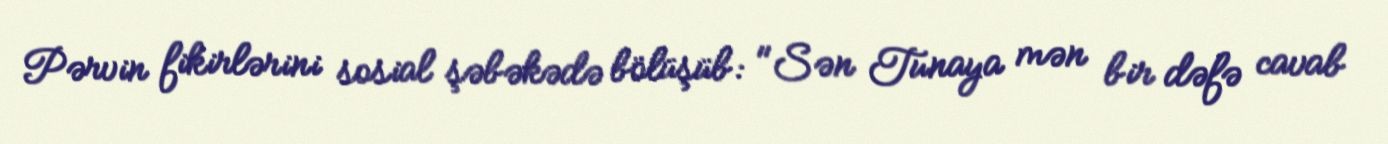
Pərvin fikirlərini sosial şəbəkədə bölüşüb: "Sən Tunaya mən bir dəfə cavab